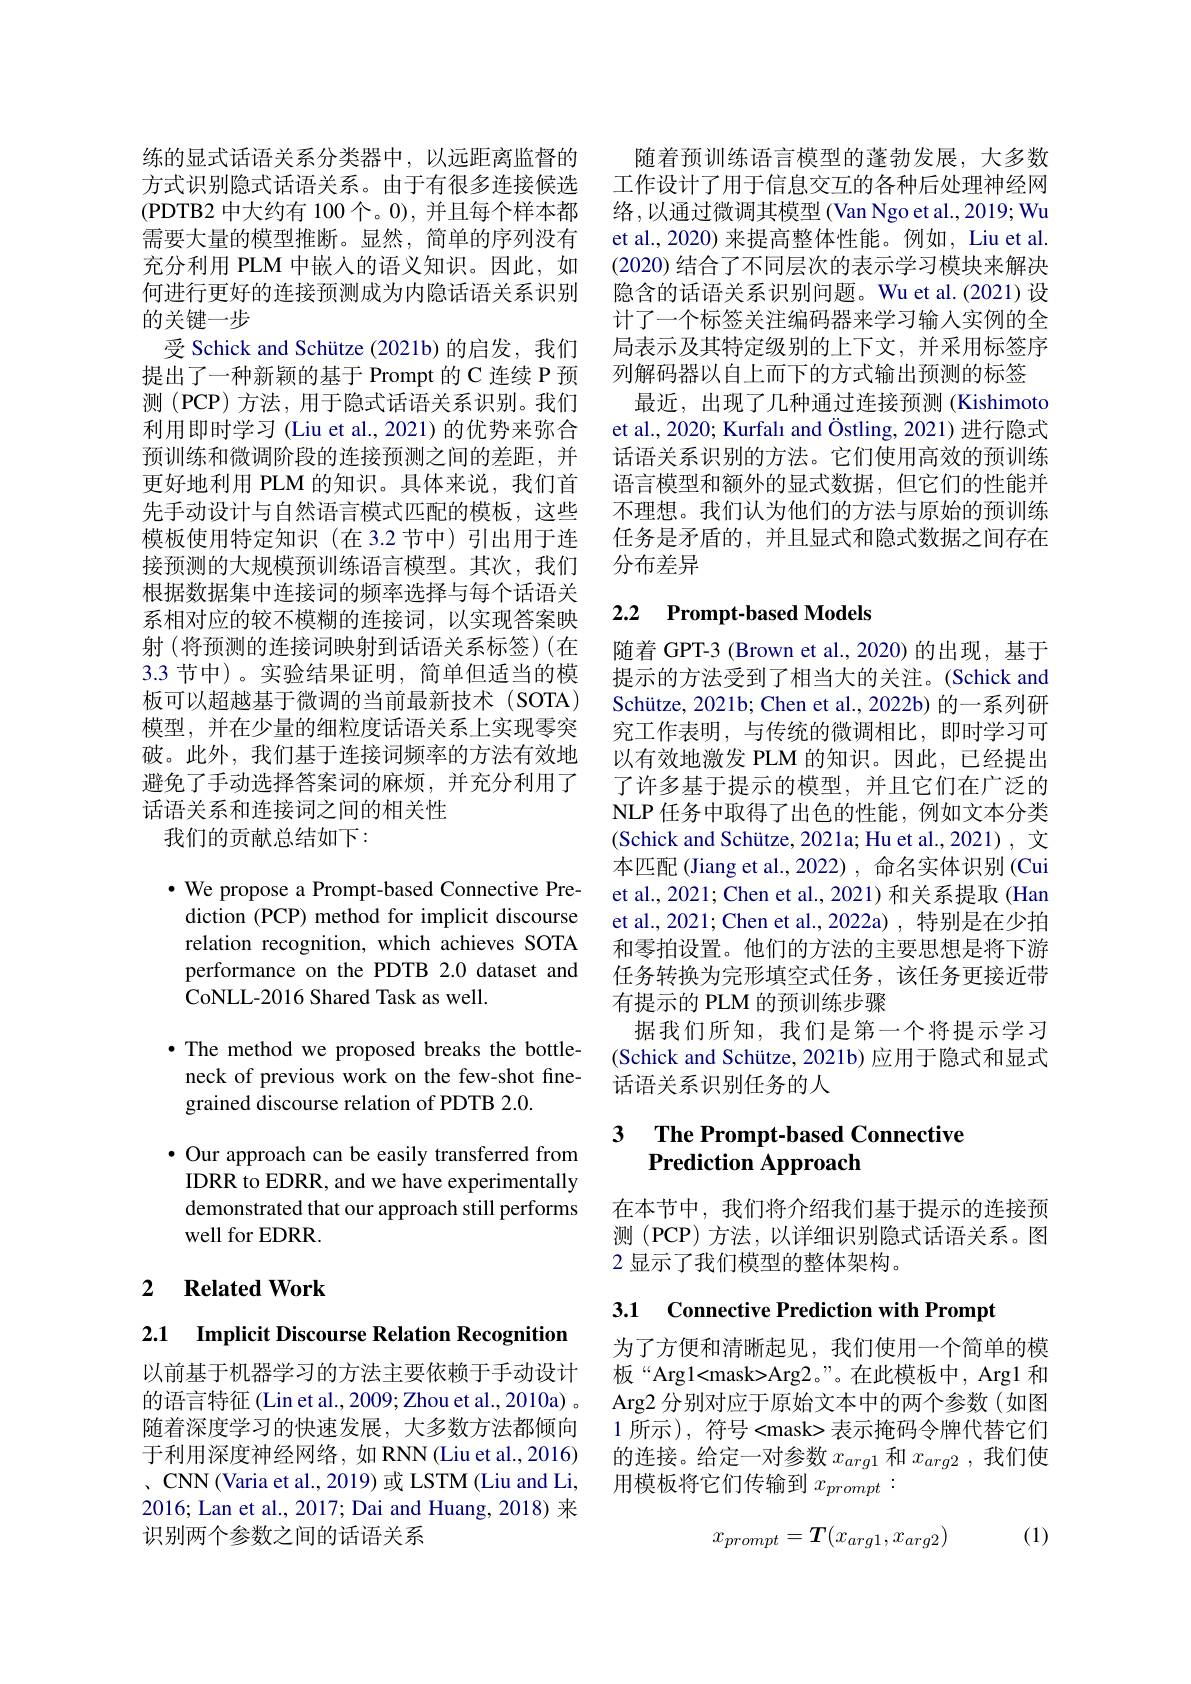
练的显式话语关系分类器中，以远距离监督的方式识别隐式话语关系。由于有很多连接候选(PDTB2 中大约有 100 个。0), 并且每个样本都需要大量的模型推断。显然，简单的序列没有充分利用 PLM 中嵌入的语义知识。因此，如何进行更好的连接预测成为内隐话语关系识别的关键一步
受 Schick and Schütze (2021b)的启发，我们提出了一种新颖的基于 Prompt 的 C 连续 P 预测 (PCP) 方法，用于隐式话语关系识别。我们利用即时学习 (Liu et al., 2021) 的优势来弥合预训练和微调阶段的连接预测之间的差距，并更好地利用 PLM 的知识。具体来说，我们首先手动设计与自然语言模式匹配的模板，这些模板使用特定知识(在 3.2 节中)引出用于连接预测的大规模预训练语言模型。其次，我们根据数据集中连接词的频率选择与每个话语关系相对应的较不模糊的连接词，以实现答案映射(将预测的连接词映射到话语关系标签)(在3.3 节中)。实验结果证明，简单但适当的模板可以超越基于微调的当前最新技术(SOTA) 模型，并在少量的细粒度话语关系上实现零突破。此外，我们基于连接词频率的方法有效地避免了手动选择答案词的麻烦，并充分利用了话语关系和连接词之间的相关性
我们的贡献总结如下：

$\cdot$ We propose a Prompt-based Connective Prediction (PCP) method for implicit discourse relation recognition, which achieves SOTA performance on the PDTB 2.0 dataset and CoNLL-2016 Shared Task as well.

·The method we proposed breaks the bottleneck of previous work on the few-shot finegrained discourse relation of PDTB 2.0.

$\bullet$ Our approach can be easily transferred from IDRR to EDRR, and we have experimentally demonstrated that our approach still performs well for EDRR.

## 2 $\textbf{Related Work}$

2.1 Implicit Discourse Relation Recognition

以前基于机器学习的方法主要依赖于手动设计的语言特征(Lin et al., 2009; Zhou et al., 2010a) 。随着深度学习的快速发展，大多数方法都倾向于利用深度神经网络，如 RNN(Liu et al.,2016) 、 CNN ( Varia et al. , 2019) 或 LSTM ( Liu and Li, 2016; Lan et al., 2017; Dai and Huang, 2018) 来识别两个参数之间的话语关系

随着预训练语言模型的蓬勃发展，大多数工作设计了用于信息交互的各种后处理神经网络，以通过微调其模型 (Van Ngo et al., 2019; Wu et al., 2020) 来提高整体性能。例如，Liu et al. (2020)结合了不同层次的表示学习模块来解决隐含的话语关系识别问题。Wu et al.(2021) 设计了一个标签关注编码器来学习输入实例的全局表示及其特定级别的上下文，并采用标签序列解码器以自上而下的方式输出预测的标签
最近，出现了几种通过连接预测(Kishimoto et al., 2020; Kurfalı and Östling, 2021) 进行隐式话语关系识别的方法。它们使用高效的预训练语言模型和额外的显式数据，但它们的性能并不理想。我们认为他们的方法与原始的预训练任务是矛盾的，并且显式和隐式数据之间存在分布差异

# 2.2 Prompt-based Models

随着 GPT-3 (Brown et al.,2020)的出现，基于提示的方法受到了相当大的关注。(Schick and Schütze, 2021b; Chen et al., 2022b) 的一系列研究工作表明，与传统的微调相比，即时学习可以有效地激发 PLM 的知识。因此，已经提出了许多基于提示的模型，并且它们在广泛的NLP 任务中取得了出色的性能，例如文本分类(Schick and Schütze, 2021a; Hu et al., 2021), 文本匹配 (Jiang et al.,2022) ,命名实体识别 (Cui et al., 2021; Chen et al., 2021) 和关系提取 (Han et al., 2021; Chen et al., 2022a) , 特别是在少拍和零拍设置。他们的方法的主要思想是将下游任务转换为完形填空式任务，该任务更接近带有提示的 PLM 的预训练步骤
据我们所知，我们是第一个将提示学习(Schick and Schütze, 2021b) 应用于隐式和显式话语关系识别任务的人

## 3 $\textbf{The Prompt- based Connective}$ Prediction Approach

在本节中，我们将介绍我们基于提示的连接预测 (PCP)方法，以详细识别隐式话语关系。图2 显示了我们模型的整体架构。

3.1 Connective Prediction with Prompt

为了方便和清晰起见，我们使用一个简单的模板“Argl<mask>Arg2。”。在此模板中，Arg1 和Arg2 分别对应于原始文本中的两个参数(如图1 所示), 符号<mask> 表示掩码令牌代替它们的连接。给定一对参数$x_{arg1}$和$x_{arg2}$ ,我们使用模板将它们传输到$x_{prompt}:$
$$x_{prompt}=\boldsymbol{T}(x_{arg1},x_{arg2})$$
(1)